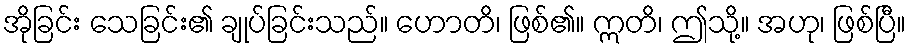
အိုခြင်း သေခြင်း၏ ချုပ်ခြင်းသည်။ ဟောတိ၊ ဖြစ်၏။ ဣတိ၊ ဤသို့။ အဟု၊ ဖြစ်ပြီ။